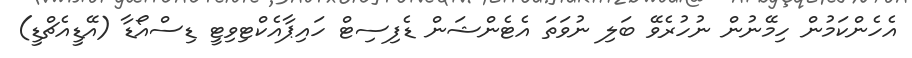
އެހެންކަމުން ހިމޭނުން ނުހުރެވޭ ބަލި ނުވަތަ އެޓެންޝަން ޑެފިސިޓް ހައިޕާއެކްޓިވިޓީ ޑިސްއޯޑާ (އޭޑީއެޗްޑީ)